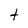
Character: t